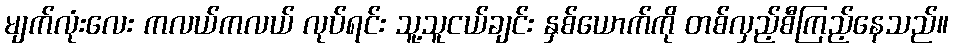
မျက်လုံးလေး ကလယ်ကလယ် လုပ်ရင်း သူ့သူငယ်ချင်း နှစ်ယောက်ကို တစ်လှည့်စီကြည့်နေသည်။